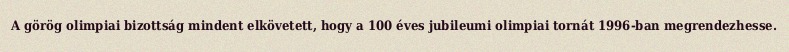
A görög olimpiai bizottság mindent elkövetett, hogy a 100 éves jubileumi olimpiai tornát 1996-ban megrendezhesse.